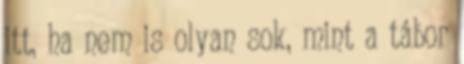
itt, ha nem is olyan sok, mint a tábor